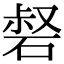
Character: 𥓍